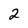
Character: 2